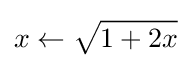
x\gets {\sqrt {1+2x{\vphantom {/}}}}